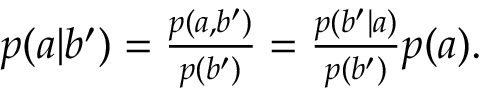
\begin{array} { r } { p ( a | b ^ { \prime } ) = \frac { p ( a , b ^ { \prime } ) } { p ( b ^ { \prime } ) } = \frac { p ( b ^ { \prime } | a ) } { p ( b ^ { \prime } ) } p ( a ) . } \end{array}